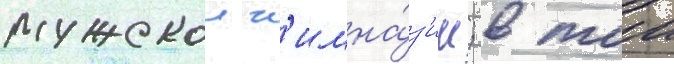
мужскои г'имна́з'ии; в тои